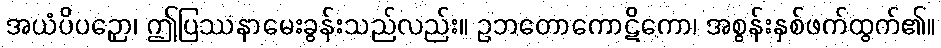
အယံပိပဉှော၊ ဤပြဿနာမေးခွန်းသည်လည်း။ ဥဘတောကောဋိကော၊ အစွန်းနှစ်ဖက်ထွက်၏။